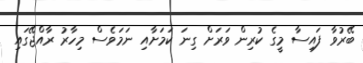
ބޭރުވާ ފައިސާ މީގެ ކުރިން ވަަރަށް ގިނަ ކަމަށާއި ނަމަވެސް މިހާރު ރާއްޖޭގައި